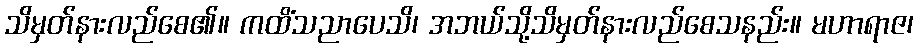
သိမှတ်နားလည်စေ၏။ ကထိံသညာပေသိ၊ အဘယ်သို့သိမှတ်နားလည်စေသနည်း။ မဟာရာဇ၊